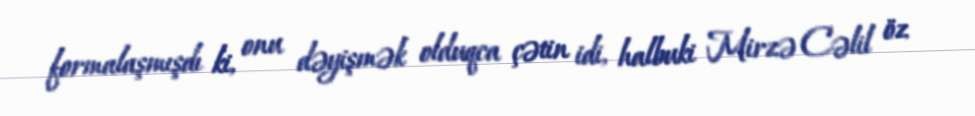
formalaşmışdı ki, onu dəyişmək olduqca çətin idi, halbuki Mirzə Cəlil öz